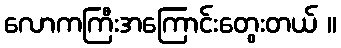
လောကကြီးအကြောင်းတွေးတယ် ။